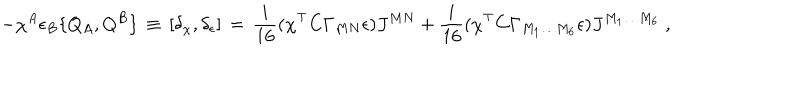
- \chi ^ { A } \epsilon _ { B } \{ Q _ { A } , Q ^ { B } \} \, \equiv \, [ \delta _ { \chi } , \delta _ { \epsilon } ] \, = \, \frac { i } { 1 6 } ( \chi ^ { \top } C \Gamma _ { M N } \epsilon ) J ^ { M N } + \frac { i } { 1 6 } ( \chi ^ { \top } C \Gamma _ { M _ { 1 } \ldots M _ { 6 } } \epsilon ) J ^ { M _ { 1 } \ldots M _ { 6 } } \; ,